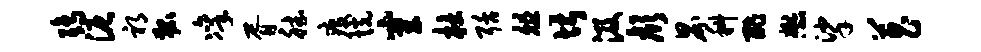
鸱泥祁狐凛胥德疫恍穿杜聒俎堪汲颜界科酢懋挲菖